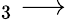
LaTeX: _{3}\longrightarrow